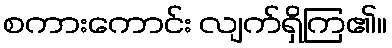
စကားကောင်း လျက်ရှိကြ၏။